Lunatic asylums Burma 1922-24 - 1922-1924
Year: 1922
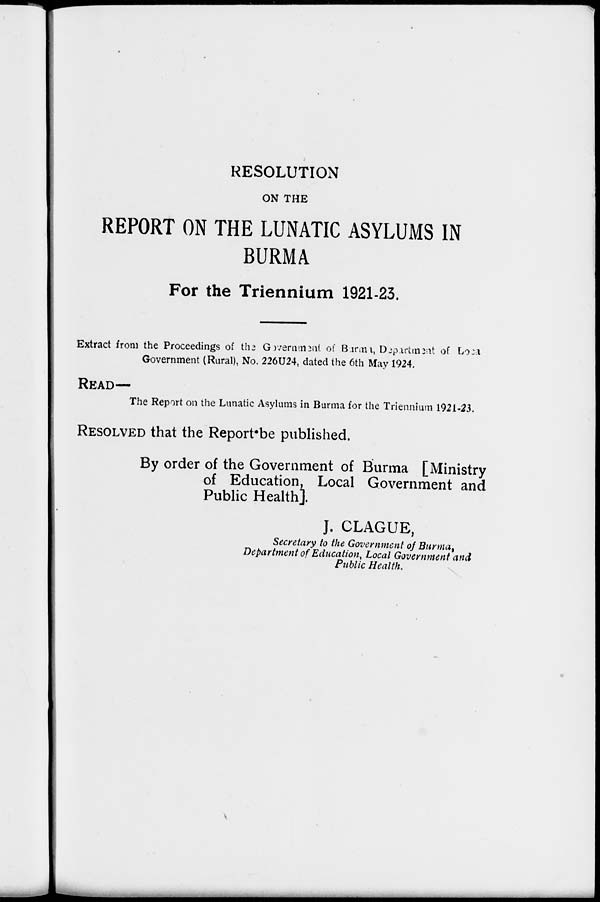
RESOLUTION
ON THE
REPORT ON THE LUNATIC ASYLUMS IN
BURMA
For the Triennium 1921-23.
Extract from the Proceedings of the Government of Burma, Department of Loca
Government (Rural), No. 226U24, dated the 6th May 1924.
READ—
The Report on the Lunatic Asylums in Burma for the Triennium 1921-23.
RESOLVED that the Report be published.
By order of the Government of Burma [Ministry
of Education, Local Government and
Public Health].
J. CLAGUE,
Secretary to the Government of Burma,
Department of Education, Local Government and
Public Health.